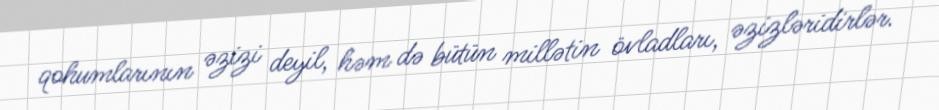
qohumlarının əzizi deyil, həm də bütün millətin övladları, əzizləridirlər.